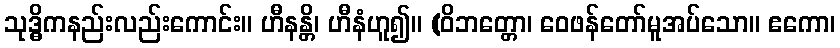
သုဒ္ဓိကနည်းလည်းကောင်း။ ဟီနန္တိ၊ ဟီနံဟူ၍။ (ဝိဘတ္တော၊ ဝေဖန်တော်မူအပ်သော။ ဧကော၊